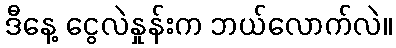
ဒီနေ့ ငွေလဲနှုန်းက ဘယ်လောက်လဲ။